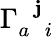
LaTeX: \Gamma_{a\; \; i}^{\; \; \mathbf{j}}